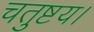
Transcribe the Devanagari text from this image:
चतुष्टय।